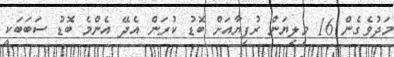
މަދުވެގެން 16 މިލިޔަން ރުފިޔާއަށް ބޮޑު ކުރަން އެދޭ އެންމެ ބޮޑު ސަބަބަކީ